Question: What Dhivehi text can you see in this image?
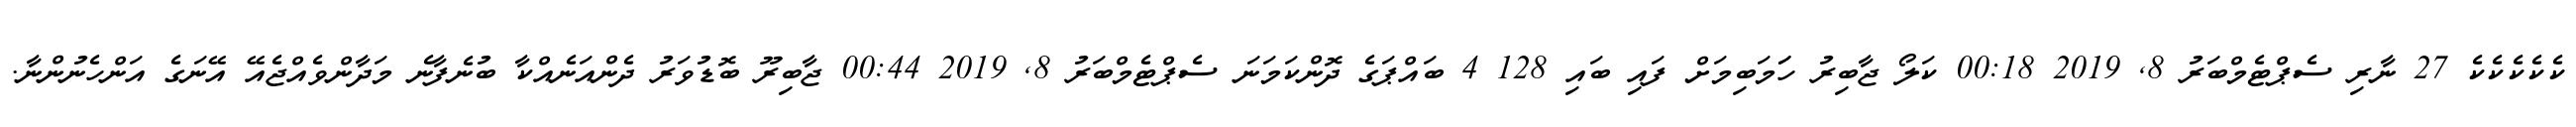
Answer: ކެކެކެކެކެ 27 ނާރި ސެޕްޓެމްބަރު 8, 2019 00:18 ކަލޯ ޖާބިރު ހަަމަބިމަށް ފައި ބައި 128 4 ބައްޕަގެ ދޮންކަމަނަ ސެޕްޓެމްބަރު 8, 2019 00:44 ޖާބިރޫ ބޮޑުވަރު ދެންއަނެއްކާ ބުނެފާނެ މަދާންވެއްޖެއޭ އޭނަގެ އަންހެނުންނާ.